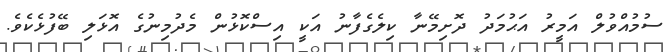
ސުމުއްވުލް އަމީރު އަޙުމަދު ދޮށިމޭނާ ކިލެގެފާނު އަކީ އިސްކޮޅުން މެދުމިނުގެ އޮޅަލި ބޭފުޅެކެވެ.